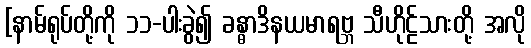
[နာမ်ရုပ်တို့ကို ၁၁-ပါးခွဲ၍ ခန္ဓာဒိနယမာရဗ္ဘ သီဟိုဠ်သားတို့ အလို